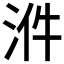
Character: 𣴓